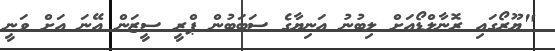
"ޔޫރޯގައި ރޮނާލްޑޯއަށް ލިބުނު އަނިޔާގެ ސަބަބުން ޕްރީ ސީޒަން އޭނަ އަށް ވަނީ